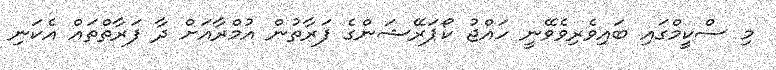
މި ސްކީމްގައި ބައިވެރިވެވޭނީ ހައްޖު ކޯޕަރޭޝަންގެ ފަރާތުން އުމްރާއަށް ދާ ފަރާތްތައް އެކަނި